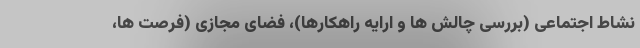
نشاط اجتماعی (بررسی چالش ها و ارایه راهکارها)، فضای مجازی (فرصت ها،